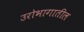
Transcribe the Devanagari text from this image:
उरोभागातील